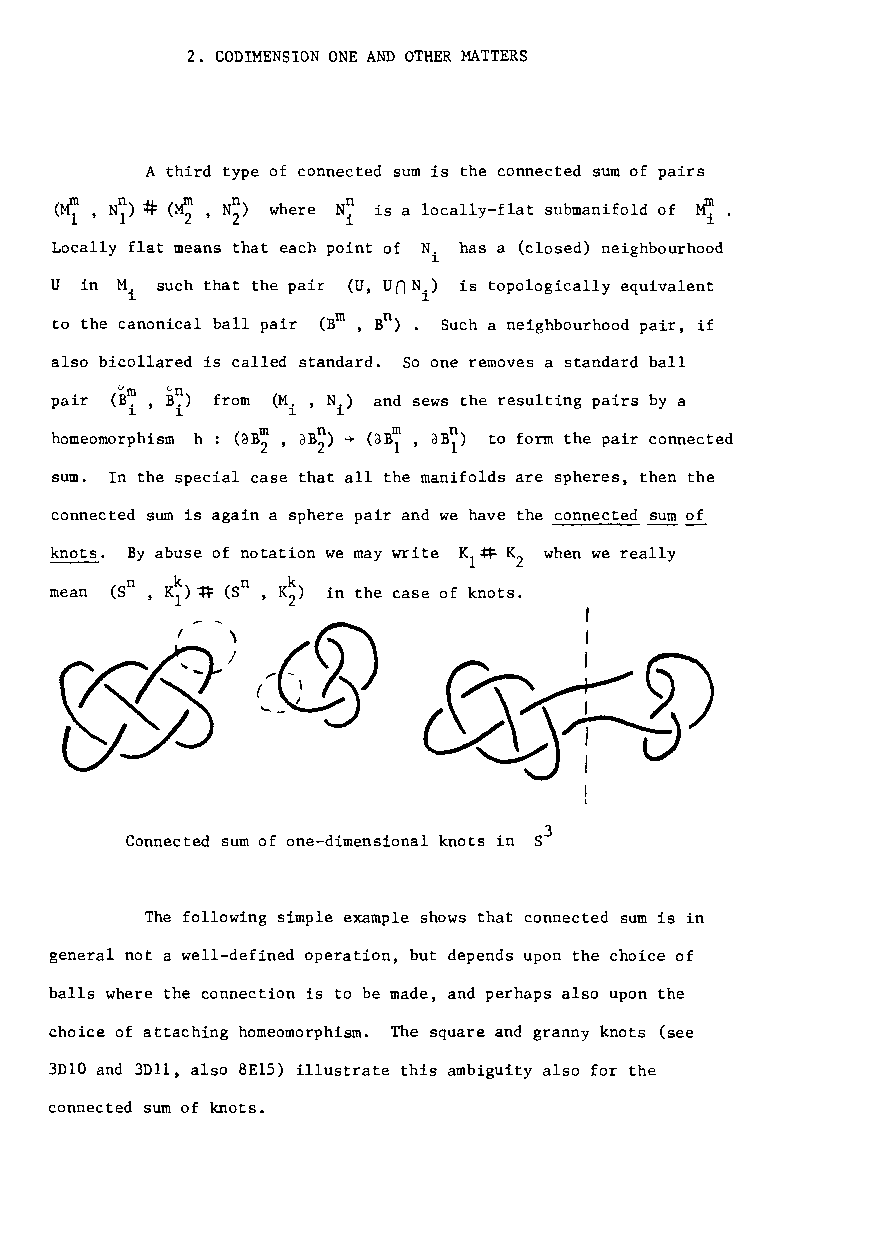
2. CODIMENSION ONE AND OTHER MATTERS
 A third type of connected sum is the connected sum of pairs
 (M7 '
 N~) ~ <M; ,N~) where N~ is a locally-flat submanifold of ~
 Locally flat means that each point of N has a (closed) neighbourhood
 i
 U in M such that the pair <U, UnNi) is topologically equivalent
 i
 m  n
 to the canonical ball pair (B , B ). Such a neighbourhood pair, if
 also bicollared is called standard. So one removes a standard ball
 <B~, B~)
 pair       from (M. ,N.) and sews the resulting pairs by a
 1   1      1  1
 homeomorphism h : (aB~ , aB~) ~ (aB~ ,aB~) to form the pair connected
 sum. In the special case that all the manifolds are spheres, then the
 connected sum is again a sphere pair and we have the connected ~~
 knots. By abuse of notation we may write Kl~ K when we really
 2
 n   k   n  k
 mean (5 ,K ) ~ (8 ,K ) in the case of knots.
 1      2
 ~ _                       r
 3
 Connected sum of one-dimensional knots in 8
 The following simple example shows that connected sum is in
 general not a well-defined operation, but depends upon the choice of
 balls where the connection is to be made, and perhaps also upon the
 choice of attaching homeomorphism. The square and granny knots (see
 3DIO and 3Dll, also 8ElS) illustrate this ambiguity also for the
 connected sum of knots.